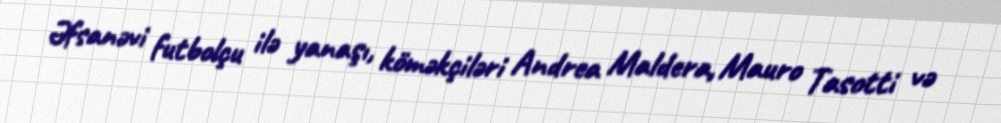
Əfsanəvi futbolçu ilə yanaşı, köməkçiləri Andrea Maldera, Mauro Tasotti və